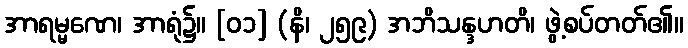
အာရမ္မဏေ၊ အာရုံ၌။ [၀၁] (နိ၊ ၂၅၉) အဘိသန္ဒဟတိ၊ ဖွဲ့စပ်တတ်၏။